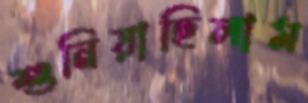
শুনিয়াছিলাম